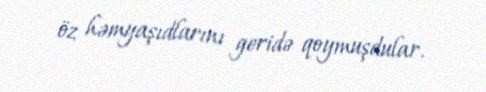
öz həmyaşıdlarını geridə qoymuşdular.